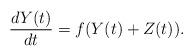
LaTeX: \begin{align*}\frac{dY(t)}{dt}=f(Y(t)+Z(t)).\end{align*}